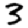
Digit: 3